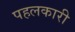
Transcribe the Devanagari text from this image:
पहलकारी